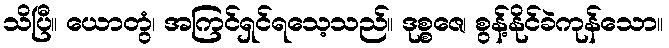
သိပြီ။ ယောတွံ၊ အကြင်ရှင်ရသေ့သည်။ ဒုစ္စဇေ၊ စွန့်နိုင်ခဲကုန်သော။